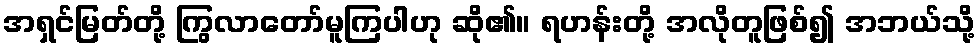
အရှင်မြတ်တို့ ကြွလာတော်မူကြပါဟု ဆို၏။ ရဟန်းတို့ အလိုတူဖြစ်၍ အဘယ်သို့